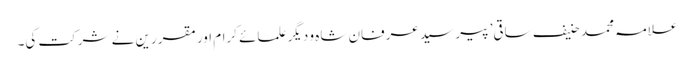
علامہ محمد حنیف ساقی’ پیر سید عرفان شاہ و دیگر علمائے کرام اور مقررین نے شرکت کی۔